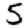
Digit: 5